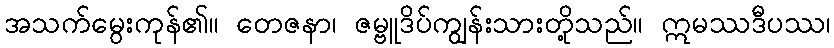
အသက်မွေးကုန်၏။ တေဇနာ၊ ဇမ္ဗူဒိပ်ကျွန်းသားတို့သည်။ ဣမဿဒီပဿ၊